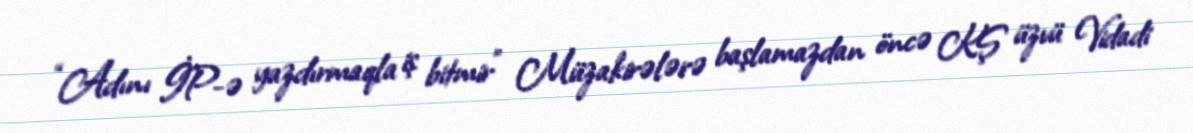
“Adını İP-ə yazdırmaqla iş bitmir” Müzakirələrə başlamazdan öncə KŞ üzvü Vidadi